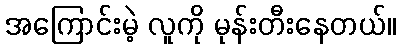
အကြောင်းမဲ့ လူကို မုန်းတီးနေတယ်။